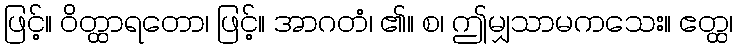
ဖြင့်။ ဝိတ္ထာရတော၊ ဖြင့်။ အာဂတံ၊ ၏။ စ၊ ဤမျှသာမကသေး။ ဧတ္ထ၊